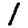
Digit: 1